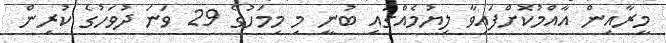
މީރާއިން އާއްމުކޮށްފައިވާ ލިޔުމެއްގައި ބުނީ މި މިމަހުގެ 29 ވަނަ ދުވަހުގެ ކުރިން